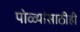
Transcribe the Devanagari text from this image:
पोळ्यांसाठीही